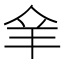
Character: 𦍐